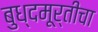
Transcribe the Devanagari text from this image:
बुध्दमूर्तीचा